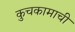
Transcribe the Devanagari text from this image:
कुचकामाची